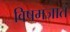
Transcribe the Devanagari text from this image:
विषमजात